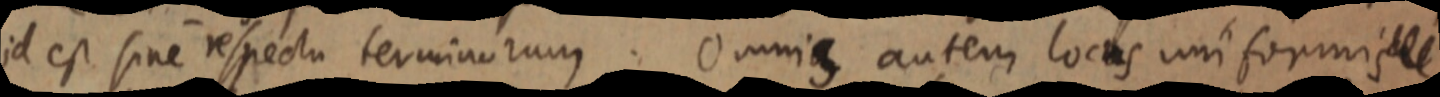
id est sine respecta terminorum. Omnia autem locus uniformis